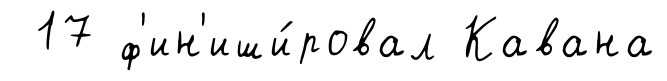
17 ф'ин'иши́ровал Кавана